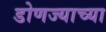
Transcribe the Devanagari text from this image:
डोणज्याच्या